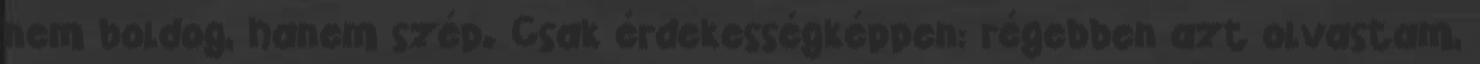
nem boldog, hanem szép. Csak érdekességképpen: régebben azt olvastam,